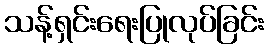
သန့်ရှင်းရေးပြုလုပ်ခြင်း